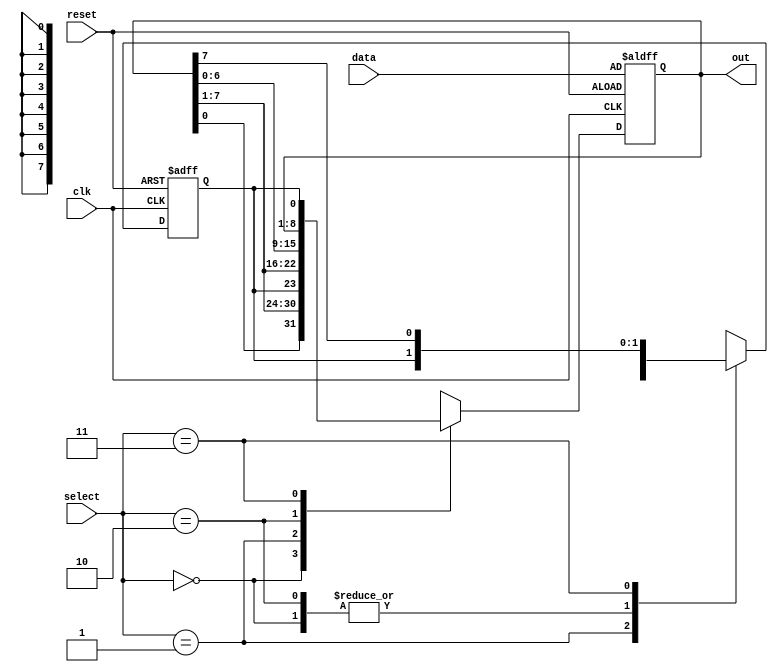
module shiftreg(out,reset,clk,data,select);
	output reg [7:0] out; //output signal
	input [1:0] select;	//Status selection signal
	input [7:0] data;
	input reset,clk;	//reset signal	
	reg CF,temp;
	


	always @(posedge clk or posedge reset)
		begin
		if(reset)		//reset signal
			begin
			out <= data;	
			CF <= 0;
			end
		else 
			begin
			case(select)
				2'b00:			//ROL:Shift left from cycle
					out <= {out[0],out[7:1]};
				//CFCF
				2'b01:		//RCL:Cyclic left shift with carry
					begin
  					temp = out[0];
                    			out = {CF,out[7:1]}; 
                    			CF = temp;
					end
				
				2'b10:		//ROR:Rotate Right
					out = {out[6:0],out[7]};
				2'b11:			//RCR:Rotate Right Through Carry
					begin
	  				temp =out[7];
                    			out = {out[6:0],CF};
                    			CF = temp;
					end
				default:out <= 8'bx;
			endcase
			end	
		end
endmodule